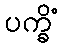
ပက္ခိံ